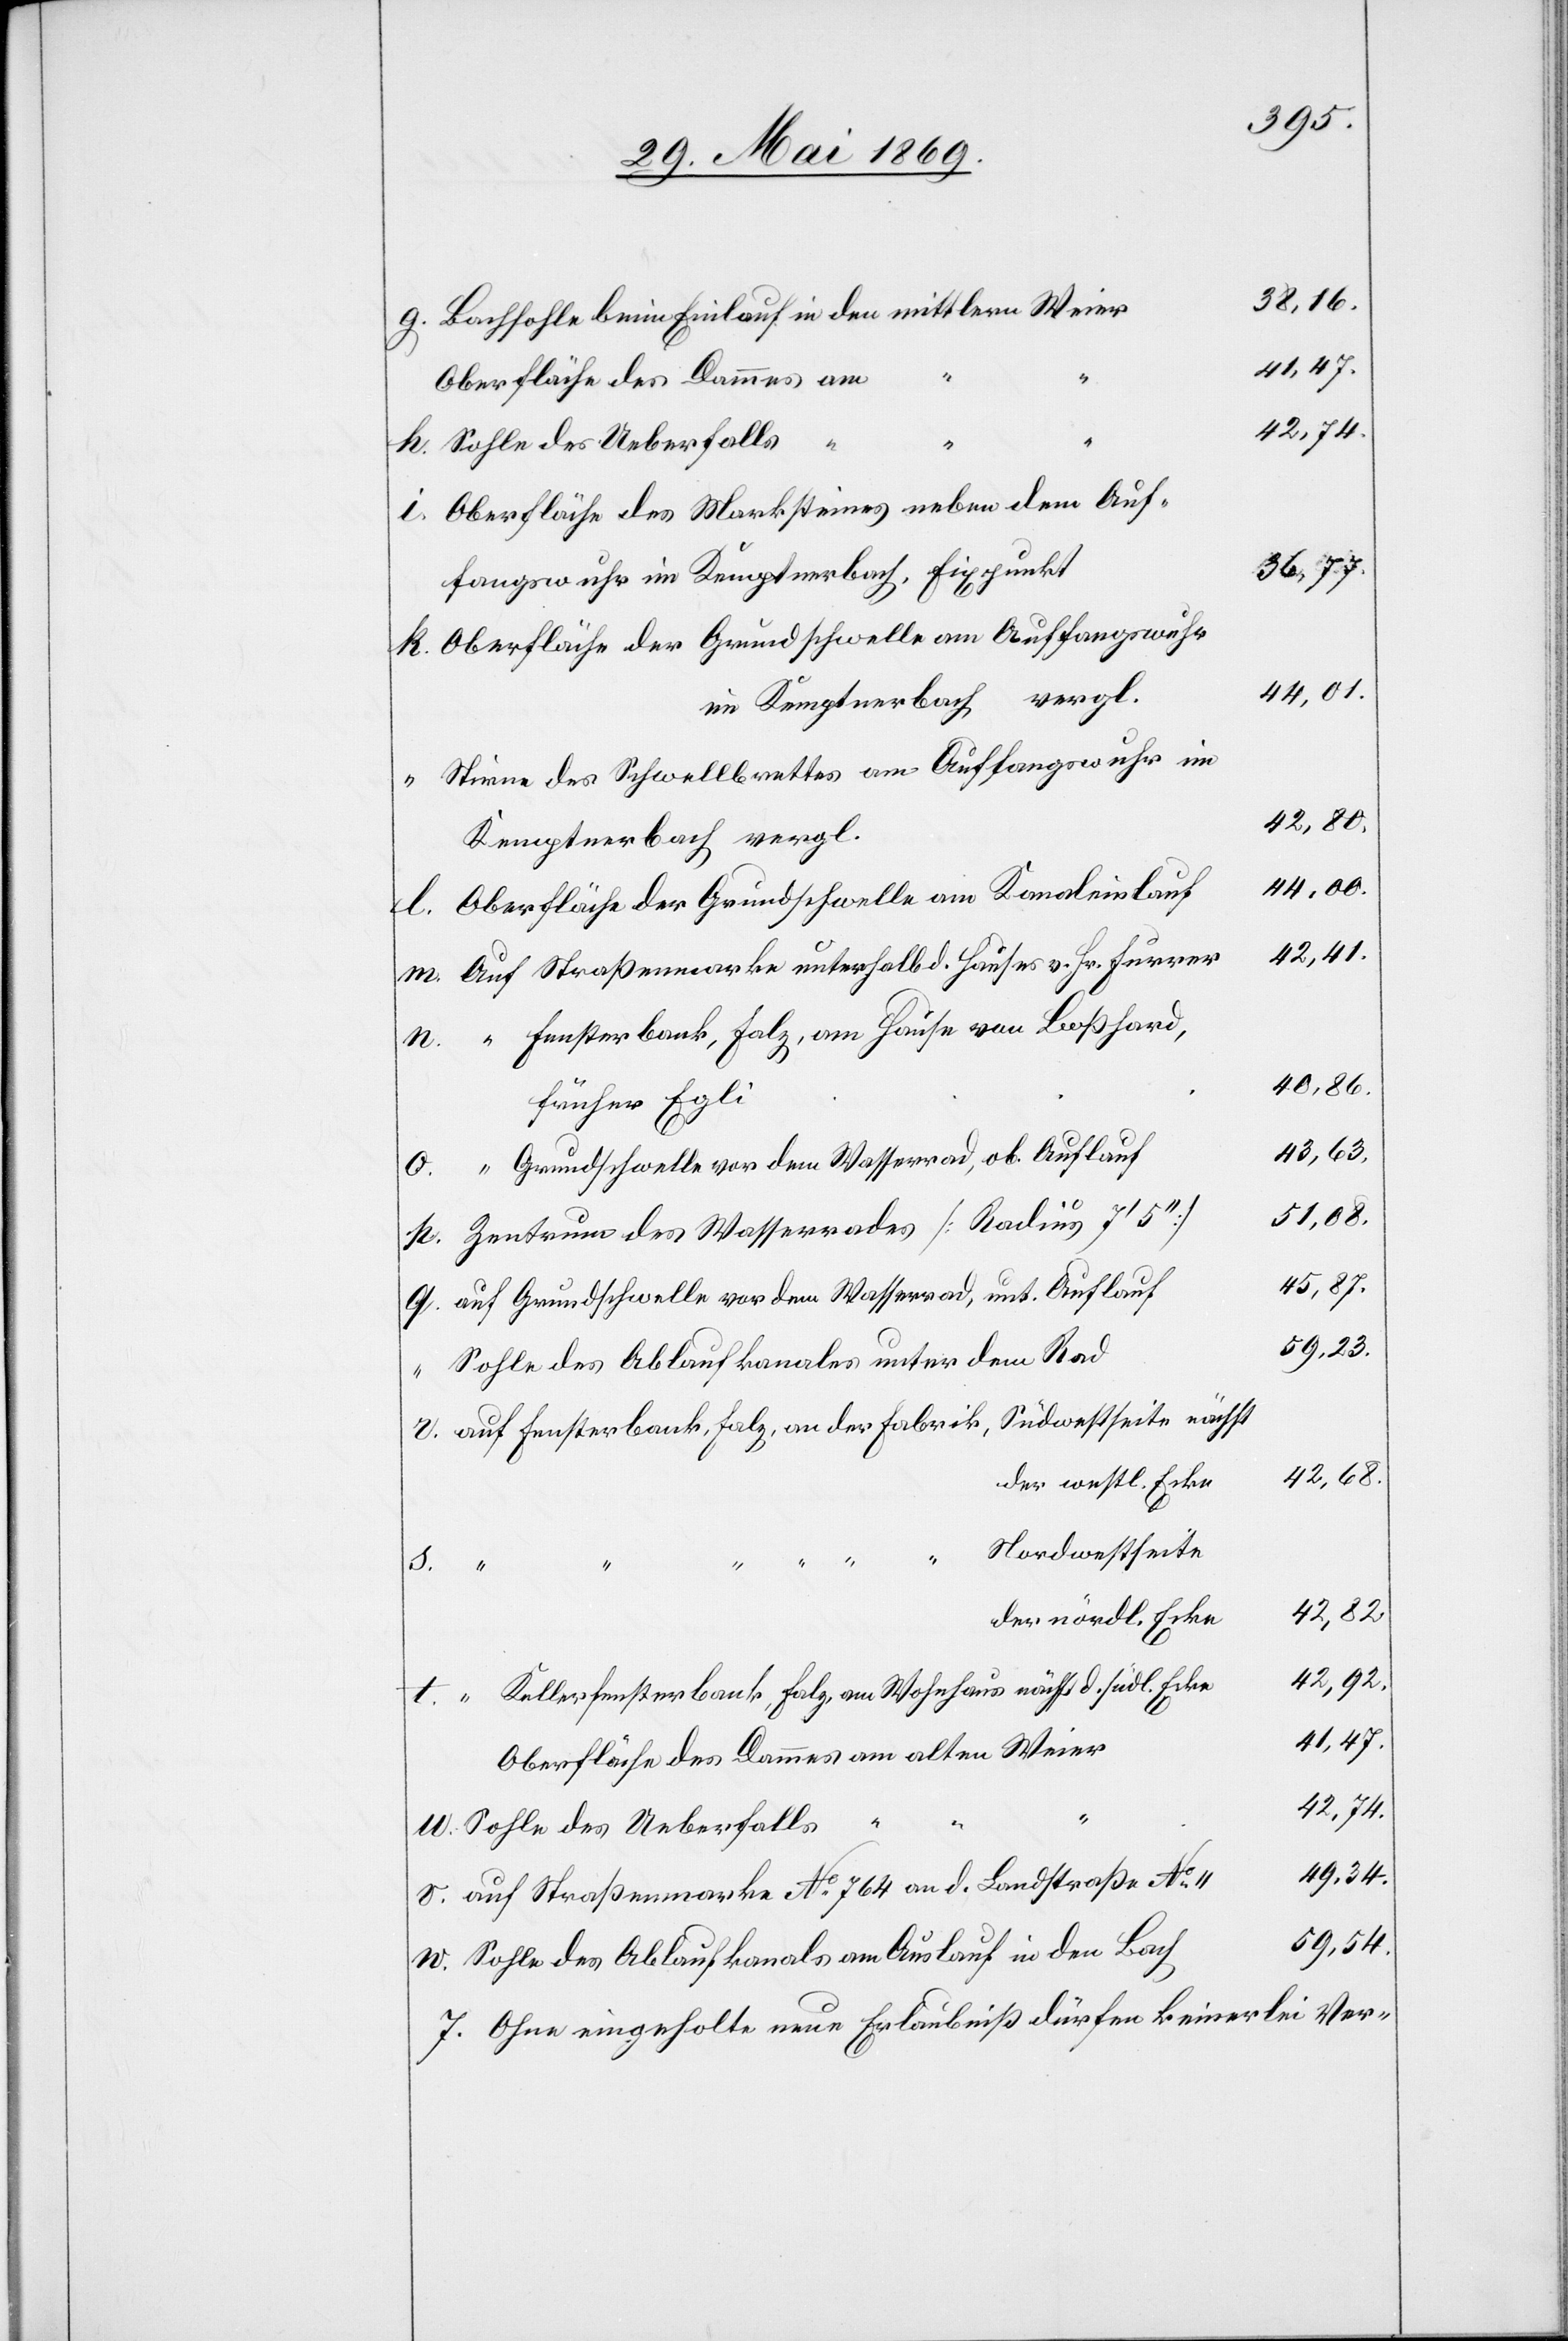
38,16
Bachsohle beim Einlauf in den mittleren Weier
41,47
Oberfläche des Dammes am
42,74
Sohle des Ueberfalls
Oberfläche des Marksteines neben dem Auf¬
36,77
Oberfläche der Grundschwelle am Auffangswuhr
44,00
im Kemptenerbach vergl.
Stirne des Schwellbrettes am Auffangswuhr im
42,41
Kemptnerbach vergl.
Oberfläche der Grundschwelle am Kanaleinlauf
Auf Straßenmarke unterhalb d. Hauses v. Hr. Furrer
“ Fensterbank, Salz, am Hause von Boßhard,
40,86
früher Egli
43,63
“ Grundschwelle vor dem Wasserrad, ob Auflauf
51,08
Zentrum des Wasserrades [Radius 7’ 5“]
auf Grundschwelle vor dem Wasserrad, unt. Auflauf
59,23
Sohle des Ablaufkanales unter dem Rad
[auf Fensterbank, Falz, an der Fabrik,] Nordwestseite d¬
42,68
der westl. Ecke
v.
42,92
er nördl. Ecke
f] Kellerfensterbank, Falz, am Wohnhaus nächst d. südl. Ecke
Oberfläche des Dammes am alten Weier
“
Sohle des Ueberfalls
[au¬
auf Straßenmarke N° 764 an d. Landstraße No 11
59,54
Sohle des Ablaufkanals am Auslauf in den Bach
7. Ohne eingeholte neue Erlaubniß dürfen keinerlei Ver-